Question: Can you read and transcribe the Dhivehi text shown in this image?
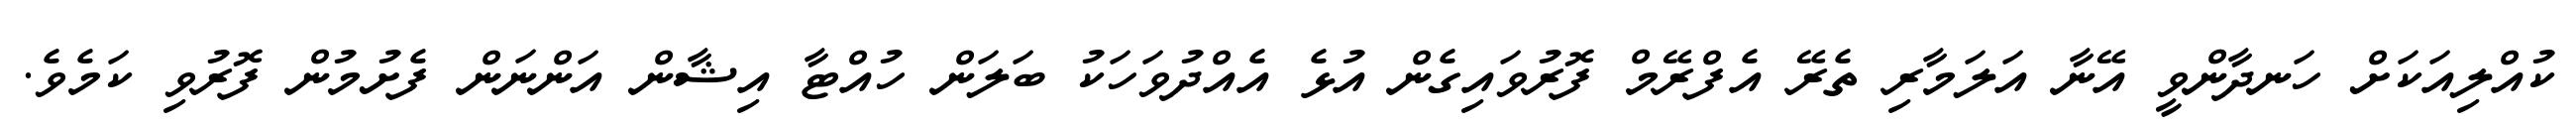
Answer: ކުއްލިއަކަށް ހަނދާންވީ އޭނާ އަލަމާރި ތެރޭ އެފްރޭމް ފޮރުވައިގެން އުޅެ އެއްދުވަހަކު ބަލަން ހުއްޓާ އިޝާން އަންނަން ފެށުމުން ފޮރުވި ކަމެވެ.